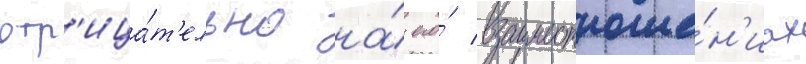
отр'ица́т'ельно на́ его́ взаимоотноше́н'иах